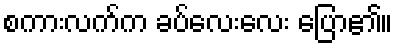
စကားလက်က ခပ်လေးလေး ပြော၏။